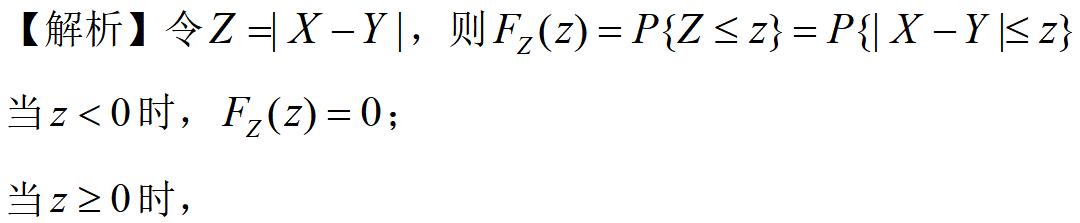
【解析】令$Z =| X - Y |$，则$F_Z(z)=P\{Z \leq z\}=P\{| X - Y |\leq z\}$
当$z < 0$时，$F_Z(z)=0$；
当$z \geq 0$时，